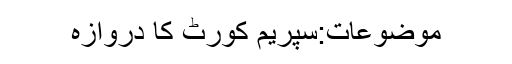
موضوعات:سپریم کورٹ کا دروازہ